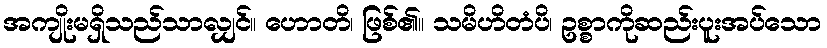
အကျိုးမရှိသည်သာလျှင်။ ဟောတိ၊ ဖြစ်၏။ သမိဟိတံပိ၊ ဥစ္စာကိုဆည်းပူးအပ်သော